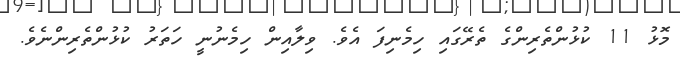
މޮޅު 11 ކުޅުންތެރިންގެ ތެރޭގައި ހިމެނިފަ އެވެ. ވިލާއިން ހިމެނުނީ ހަތަރު ކުޅުންތެރިންނެވެ.